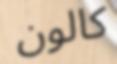
كالون